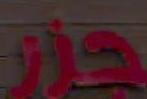
جزر